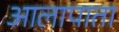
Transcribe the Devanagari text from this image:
आलापाता